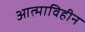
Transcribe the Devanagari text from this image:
आत्माविहीन